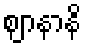
ဈာနာနိ